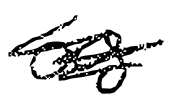
Text: as
Cross-out: scratch
Writing tool: digital_black